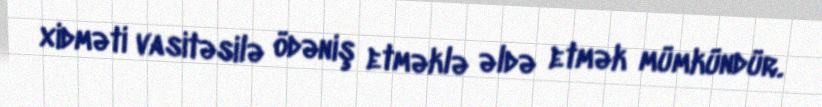
xidməti vasitəsilə ödəniş etməklə əldə etmək mümkündür.